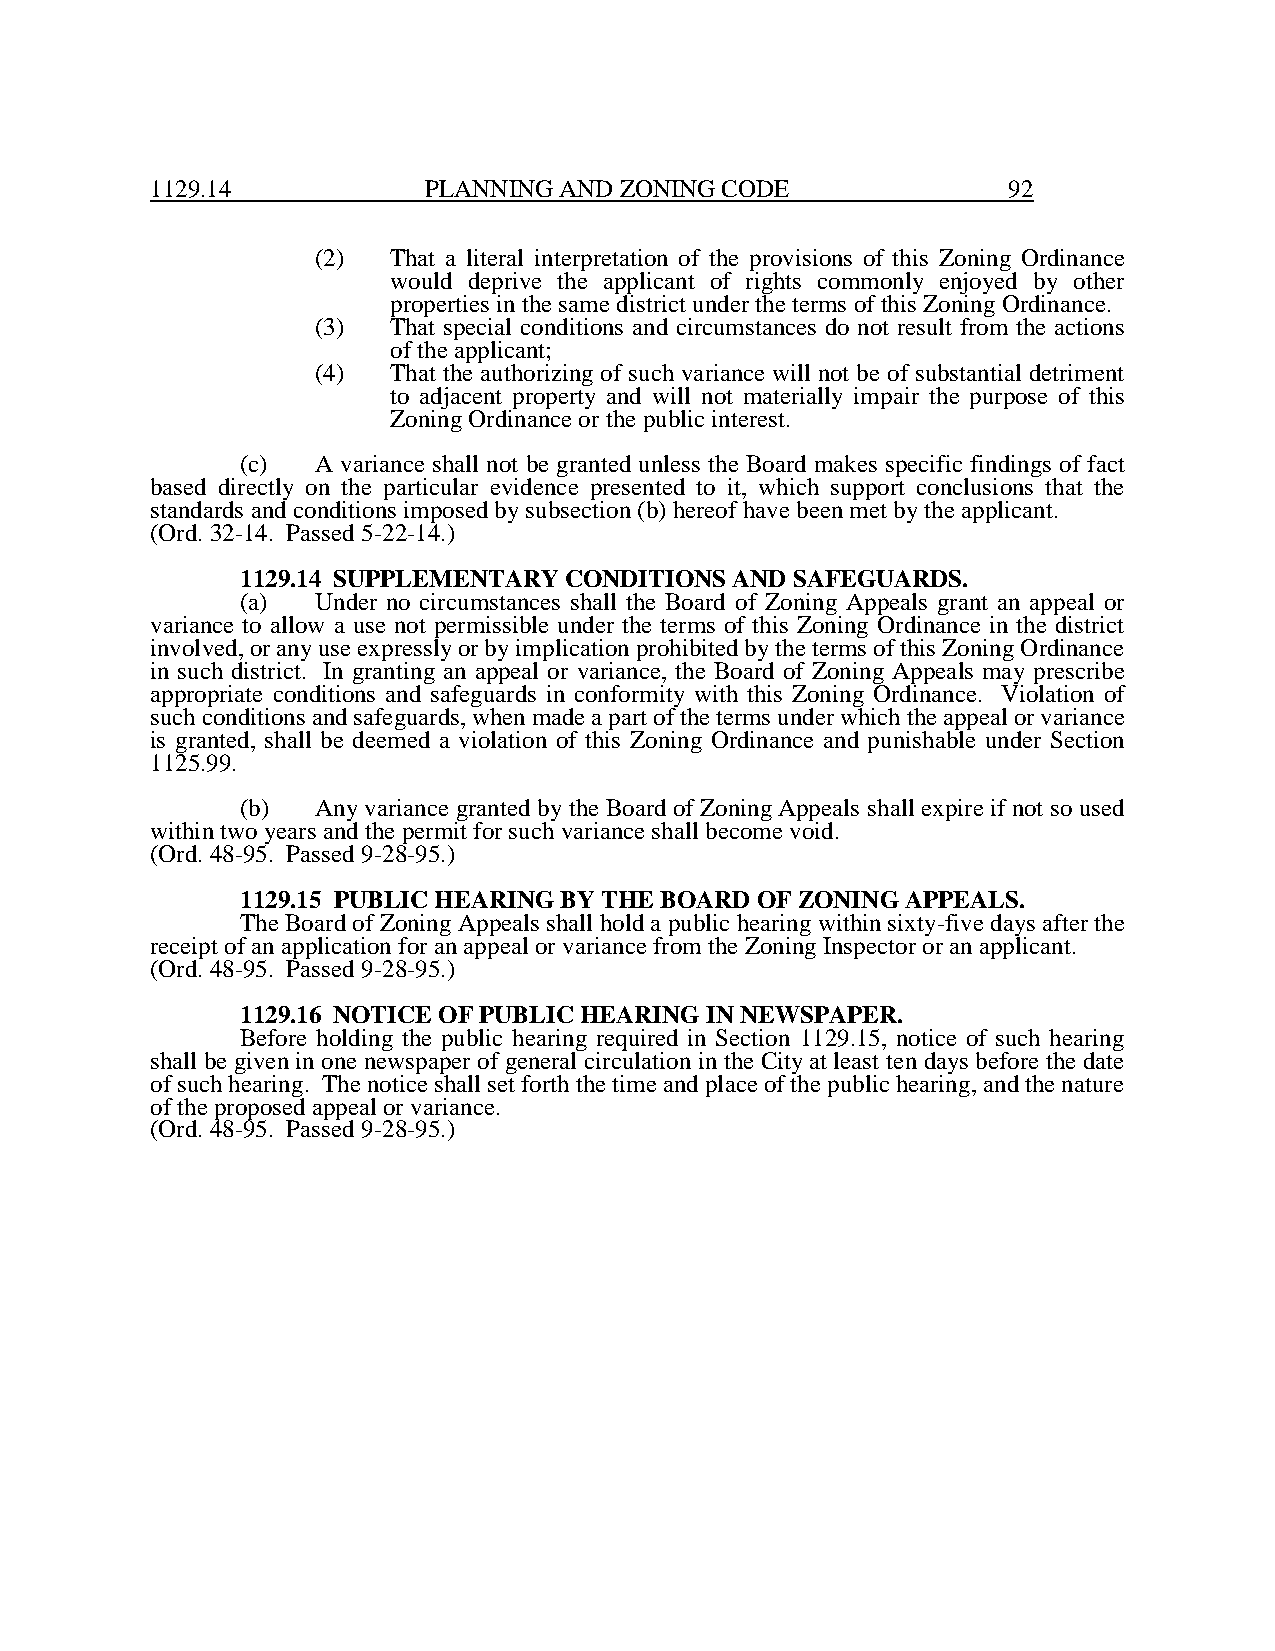
1129.14           PLANNING AND ZONING CODE               92
 (2)  That a literal interpretation of the provisions of this Zoning Ordinance
 would deprive the applicant of rights commonly enjoyed by other
 properties in the same district under the terms of this Zoning Ordinance.
 (3)  That special conditions and circumstances do not result from the actions
 of the applicant;
 (4)  That the authorizing of such variance will not be of substantial detriment
 to adjacent property and will not materially impair the purpose of this
 Zoning Ordinance or the public interest.
 (c)  A variance shall not be granted unless the Board makes specific findings of fact
 based directly on the particular evidence presented to it, which support conclusions that the
 standards and conditions imposed by subsection (b) hereof have been met by the applicant.
 (Ord. 32-14. Passed 5-22-14.)
 1129.14 SUPPLEMENTARY CONDITIONS AND SAFEGUARDS.
 (a)  Under no circumstances shall the Board of Zoning Appeals grant an appeal or
 variance to allow a use not permissible under the terms of this Zoning Ordinance in the district
 involved, or any use expressly or by implication prohibited by the terms of this Zoning Ordinance
 in such district. In granting an appeal or variance, the Board of Zoning Appeals may prescribe
 appropriate conditions and safeguards in conformity with this Zoning Ordinance. Violation of
 such conditions and safeguards, when made a part of the terms under which the appeal or variance
 is granted, shall be deemed a violation of this Zoning Ordinance and punishable under Section
 1125.99.
 (b)  Any variance granted by the Board of Zoning Appeals shall expire if not so used
 within two years and the permit for such variance shall become void.
 (Ord. 48-95. Passed 9-28-95.)
 1129.15 PUBLIC HEARING BY THE BOARD OF ZONING APPEALS.
 The Board of Zoning Appeals shall hold a public hearing within sixty-five days after the
 receipt of an application for an appeal or variance from the Zoning Inspector or an applicant.
 (Ord. 48-95. Passed 9-28-95.)
 1129.16 NOTICE OF PUBLIC HEARING IN NEWSPAPER.
 Before holding the public hearing required in Section 1129.15, notice of such hearing
 shall be given in one newspaper of general circulation in the City at least ten days before the date
 of such hearing. The notice shall set forth the time and place of the public hearing, and the nature
 of the proposed appeal or variance.
 (Ord. 48-95. Passed 9-28-95.)